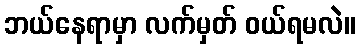
ဘယ်နေရာမှာ လက်မှတ် ဝယ်ရမလဲ။